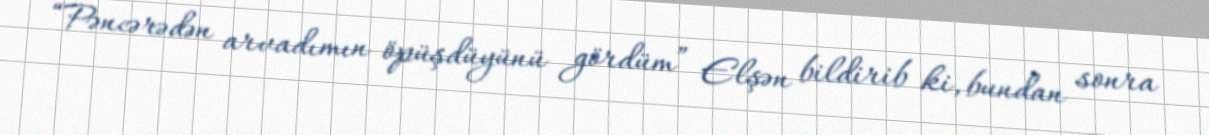
“Pəncərədən arvadımın öpüşdüyünü gördüm” Elşən bildirib ki, bundan sonra